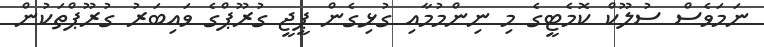
ނަމަވެސް ސުލޫކް ކޮމެޓީގެ މި ނިންމުމާއި ގުޅިގެން ޕީޖީ ގުރޫޕްގެ ވައިބަރު ގުރޫޕްތަކުން